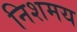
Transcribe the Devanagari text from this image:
निशमय